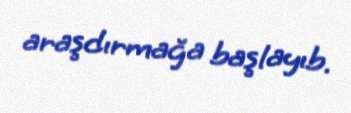
araşdırmağa başlayıb.